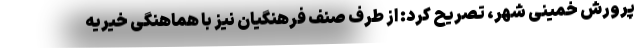
پرورش خمینی شهر، تصریح کرد: از طرف صنف فرهنگیان نیز با هماهنگی خیریه